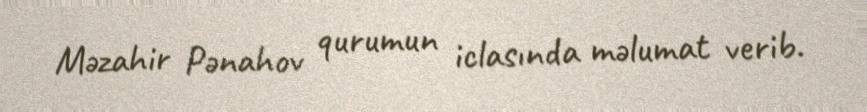
Məzahir Pənahov qurumun iclasında məlumat verib.